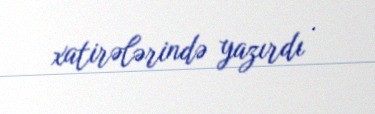
xatirələrində yazırdı .